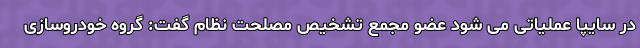
در سایپا عملیاتی می شود عضو مجمع تشخیص مصلحت نظام گفت: گروه خودروسازی